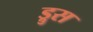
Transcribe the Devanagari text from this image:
ड्रुस